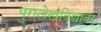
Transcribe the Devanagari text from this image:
पुरालेखविद्यावर